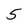
Character: 5